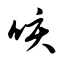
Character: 咳